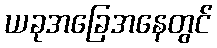
ယခုအခြေအနေတွင်